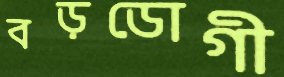
বড়ডোগী